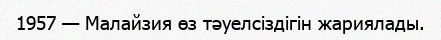
1957 — Малайзия өз тәуелсіздігін жариялады.